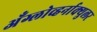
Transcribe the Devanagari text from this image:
अँग्लोव्हर्नाक्युलर